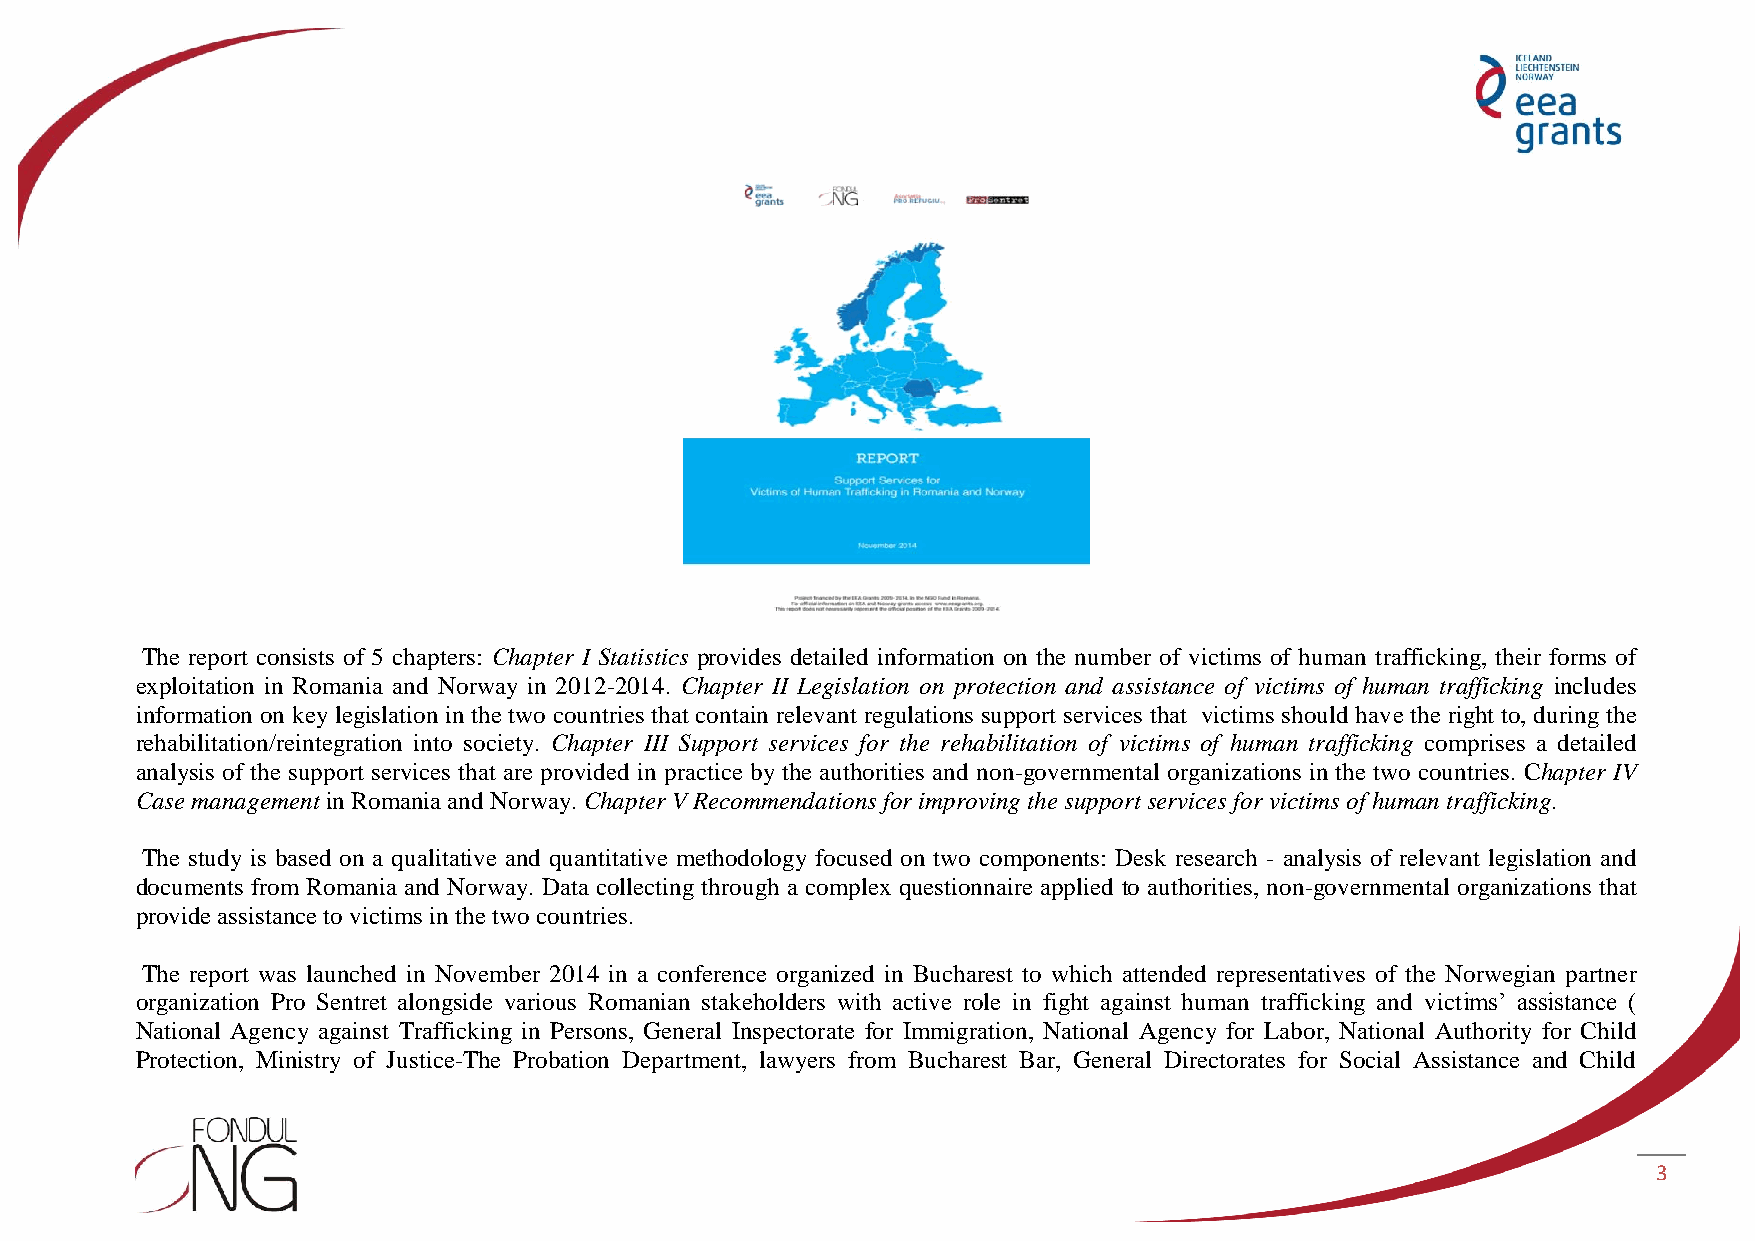
The report consists of 5 chapters: Chapter I Statistics provides detailed information on the number of victims of human trafficking, their forms of
 exploitation in Romania and Norway in 2012-2014. Chapter II Legislation on protection and assistance of victims of human trafficking includes
 information on key legislation in the two countries that contain relevant regulations support services that victims should have the right to, during the
 rehabilitation/reintegration into society. Chapter III Support services for the rehabilitation of victims of human trafficking comprises a detailed
 analysis of the support services that are provided in practice by the authorities and non-governmental organizations in the two countries. Chapter IV
 Case management in Romania and Norway. Chapter V Recommendations for improving the support services for victims of human trafficking.
 The study is based on a qualitative and quantitative methodology focused on two components: Desk research - analysis of relevant legislation and
 documents from Romania and Norway. Data collecting through a complex questionnaire applied to authorities, non-governmental organizations that
 provide assistance to victims in the two countries.
 The report was launched in November 2014 in a conference organized in Bucharest to which attended representatives of the Norwegian partner
 organization Pro Sentret alongside various Romanian stakeholders with active role in fight against human trafficking and victims’ assistance (
 National Agency against Trafficking in Persons, General Inspectorate for Immigration, National Agency for Labor, National Authority for Child
 Protection, Ministry of Justice-The Probation Department, lawyers from Bucharest Bar, General Directorates for Social Assistance and Child
 3